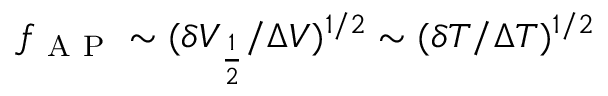
f _ { \mathrm { ~ A ~ P ~ } } \sim ( \delta V _ { \frac { 1 } { 2 } } / \Delta V ) ^ { 1 / 2 } \sim ( \delta T / \Delta T ) ^ { 1 / 2 }